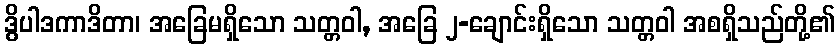
ဒွိပါဒကာဒိတာ၊ အခြေမရှိသော သတ္တဝါ, အခြေ ၂-ချောင်းရှိသော သတ္တဝါ အစရှိသည်တို့၏